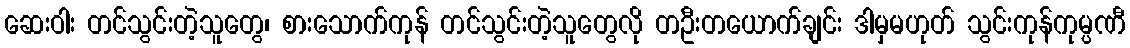
ဆေးဝါး တင်သွင်းတဲ့သူတွေ၊ စားသောက်ကုန် တင်သွင်းတဲ့သူတွေလို တဦးတယောက်ချင်း ဒါမှမဟုတ် သွင်းကုန်ကုမ္ပဏီ